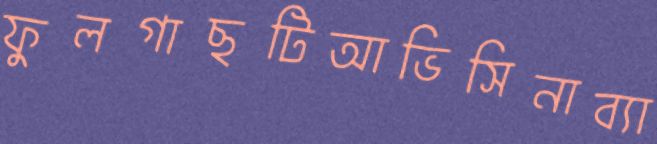
ফুলগাছটিআভিসিনাব্যা